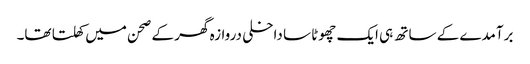
برآمدے کے ساتھ ہی ایک چھوٹا سا داخلی دروازہ گھر کے صحن میں کھلتا تھا۔